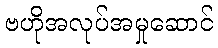
ဗဟိုအလုပ်အမှုဆောင်